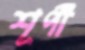
শূর্পী